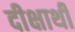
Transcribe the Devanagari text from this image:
दीक्षार्थी